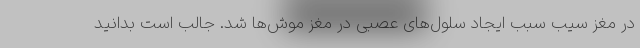
در مغز سیب سبب ایجاد سلول‌های عصبی در مغز موش‌ها شد. جالب است بدانید